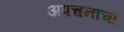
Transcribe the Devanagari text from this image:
अपचनाचा